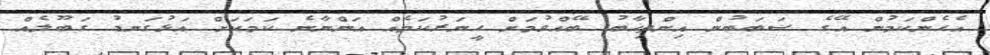
އެހެންކަމުން އޭގެ ސަބަބުން އިންތިޚާބު ބޭއްވުމަށް ހީނަރުކަމެއް އަންނާނެ ކަމަކަށް އަޅުގަނޑު ގަބޫލެއް